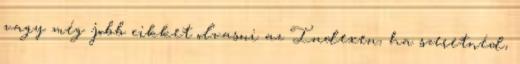
vagy még jobb cikket olvasni az Indexen, ha szeretnéd,